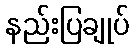
နည်းပြချုပ်